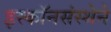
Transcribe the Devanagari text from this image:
इस्कॉनसंस्थेने